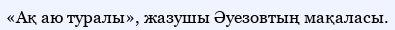
«Ақ аю туралы», жазушы Әуезовтың мақаласы.